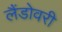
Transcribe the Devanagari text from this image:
लैंडोवरी